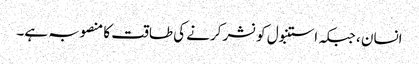
انسان ، جبکہ استنبول کو نشر کرنے کی طاقت کا منصوبہ ہے۔